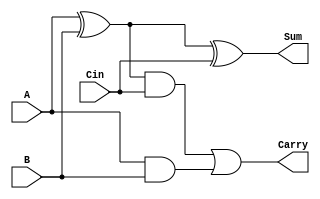
module full_adder_1bit(A,B,Cin,Sum,Carry);
input A,B,Cin;
output Sum,Carry;

wire temp1,temp2,temp3,temp4;
xor(temp1,A,B);
xor(Sum,temp1,Cin);
and(temp2,temp1,Cin);
and(temp3,A,B);
or(Carry,temp2,temp3);

endmodule